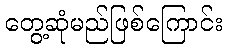
တွေ့ဆုံမည်ဖြစ်ကြောင်း